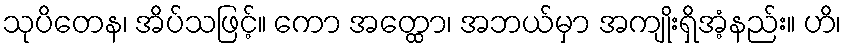
သုပိတေန၊ အိပ်သဖြင့်။ ကော အတ္ထော၊ အဘယ်မှာ အကျိုးရှိအံ့နည်း။ ဟိ၊